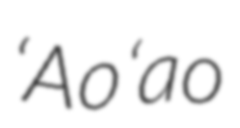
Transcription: ʻAoʻao